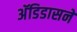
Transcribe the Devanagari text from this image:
अॅडिडासने